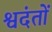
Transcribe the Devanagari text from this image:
श्वदंतों